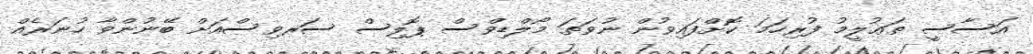
އަސާސީ ތަޢުލީމު ފުރިހަމަ ކޮށްފައިވުން ނުވަތަ މޯލްޑިވްސް ޕޮލިސް ސަރވިސްއަށް ބޭނުންވާ ހުނަރެއް